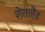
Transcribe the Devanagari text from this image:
शेतलैंड